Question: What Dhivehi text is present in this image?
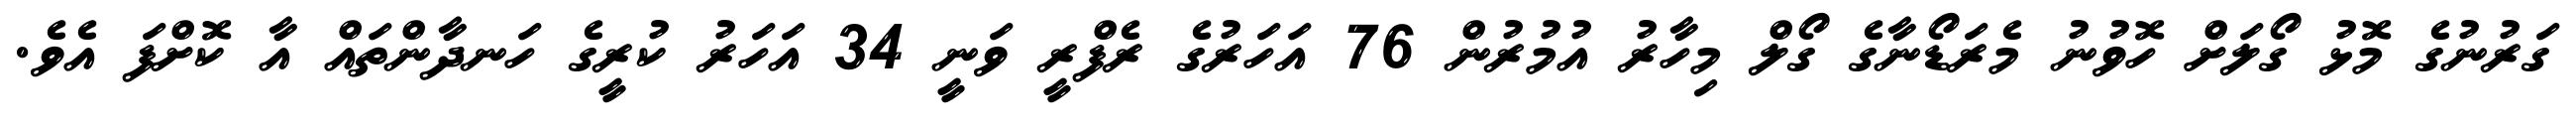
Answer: ގަރުނުގެ މޮޅު ގޯލަށް ހޮވުނު މެރަޑޯނާގެ ގޯލް މިހާރު އުމުރުން 76 އަހަރުގެ ރެފްރީ ވަނީ 34 އަހަރު ކުރީގެ ހަނދާންތައް އާ ކޮށްފަ އެވެ.